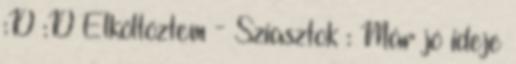
:D :D Elköltöztem - Sziasztok : Már jó ideje